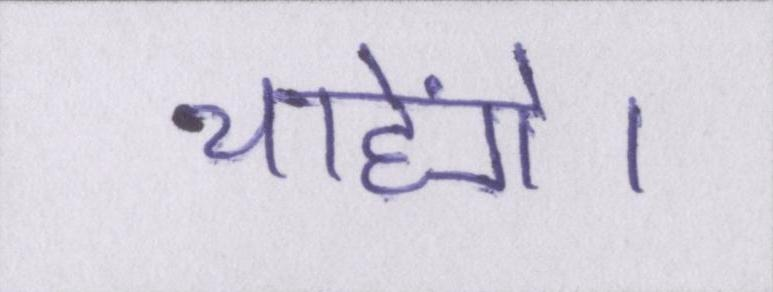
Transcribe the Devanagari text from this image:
चाहेंगे।